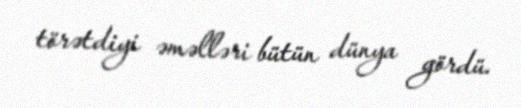
törətdiyi əməlləri bütün dünya gördü.